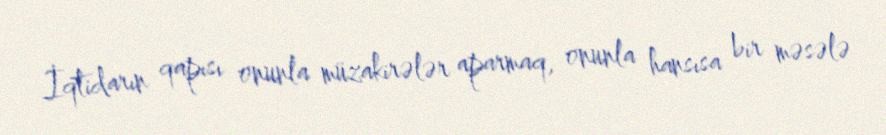
İqtidarın qapısı onunla müzakirələr aparmaq, onunla hansısa bir məsələ